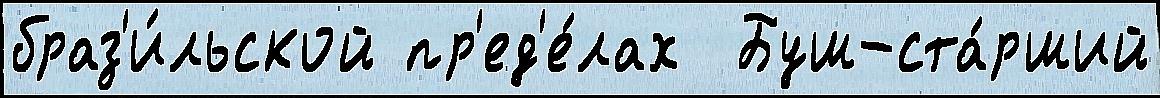
браз'и́льской пр'ед'е́лах  Буш-ста́рший